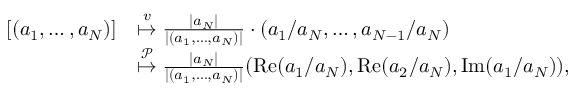
\begin{array} { r l } { [ ( a _ { 1 } , \ldots , a _ { N } ) ] } & { \overset { v } { \mapsto } \frac { \vert a _ { N } \vert } { \vert ( a _ { 1 } , \ldots , a _ { N } ) \vert } \cdot ( a _ { 1 } / a _ { N } , \ldots , a _ { N - 1 } / a _ { N } ) } \\ & { \overset { \mathcal { P } } { \mapsto } \frac { \vert a _ { N } \vert } { \vert ( a _ { 1 } , \ldots , a _ { N } ) \vert } ( \operatorname { R e } ( a _ { 1 } / a _ { N } ) , \operatorname { R e } ( a _ { 2 } / a _ { N } ) , \operatorname { I m } ( a _ { 1 } / a _ { N } ) ) , } \end{array}